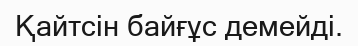
Қайтсін байғұс демейді.